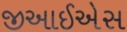
જીઆઈએસ